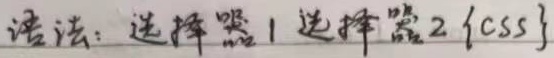
语法：选择器1 选择器2 {css}